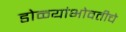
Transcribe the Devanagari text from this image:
डोळ्यांभोवतीचे